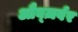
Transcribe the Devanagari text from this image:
औब्ज़र्वर